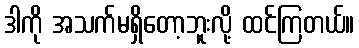
ဒါကို အသက်မရှိတော့ဘူးလို့ ထင်ကြတယ်။